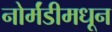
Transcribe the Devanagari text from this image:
नोर्मंडीमधून